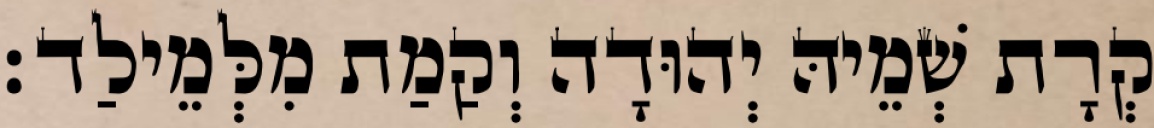
קְרָת שְׁמֵיהּ יְהוּדָה וְקַמַת מִלְּמֵילַד׃